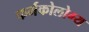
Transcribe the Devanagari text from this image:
फर्मकोलोग्य